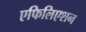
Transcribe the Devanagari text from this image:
एफिलिएशन